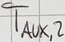
Text: TAUX,2